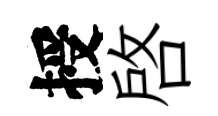
授啓